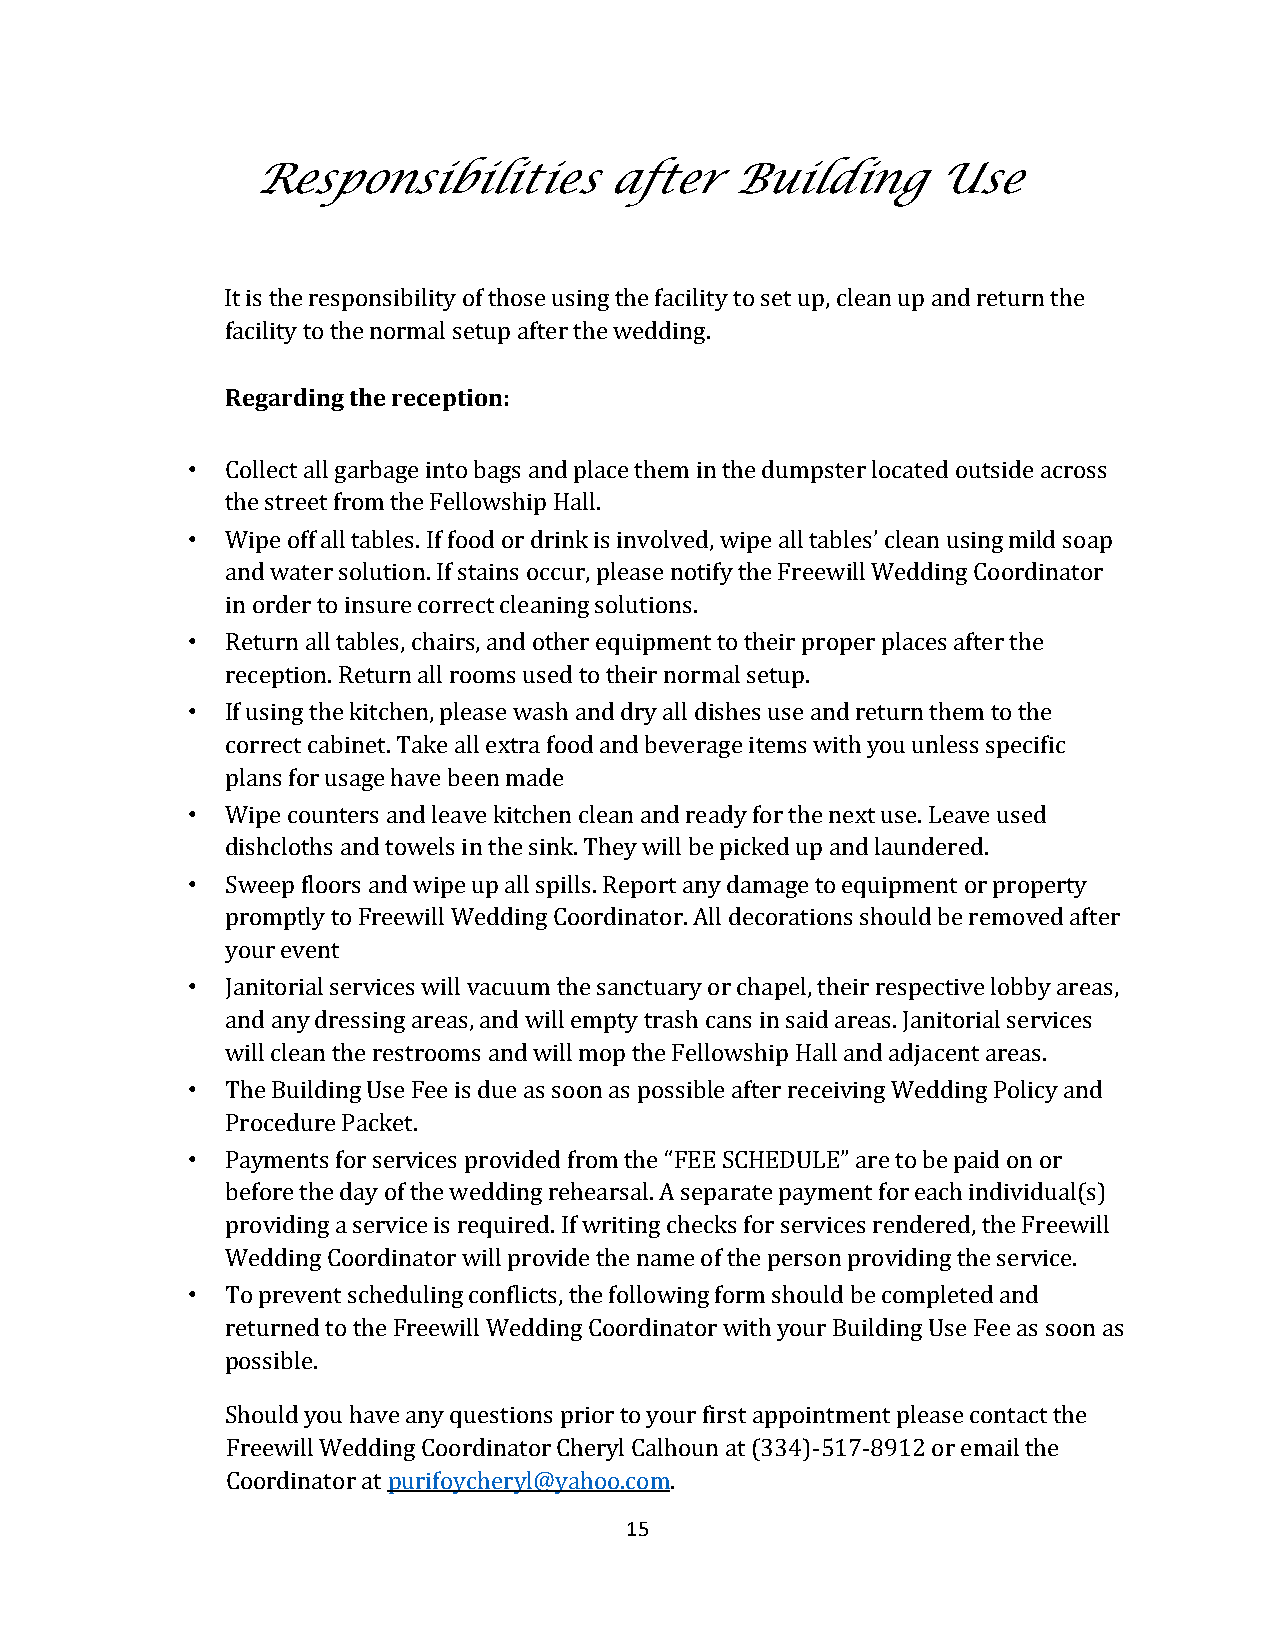
Responsibilities       after   Building      Use
 It is the responsibility of those using the facility to set up, clean up and return the
 facility to the normal setup after the wedding.
 Regarding the reception:
 •  Collect all garbage into bags and place them in the dumpster located outside across
 the street from the Fellowship Hall.
 •  Wipe off all tables. If food or drink is involved, wipe all tables’ clean using mild soap
 and water solution. If stains occur, please notify the Freewill Wedding Coordinator
 in order to insure correct cleaning solutions.
 •  Return all tables, chairs, and other equipment to their proper places after the
 reception. Return all rooms used to their normal setup.
 •  If using the kitchen, please wash and dry all dishes use and return them to the
 correct cabinet. Take all extra food and beverage items with you unless specific
 plans for usage have been made
 •  Wipe counters and leave kitchen clean and ready for the next use. Leave used
 dishcloths and towels in the sink. They will be picked up and laundered.
 •  Sweep floors and wipe up all spills. Report any damage to equipment or property
 promptly to Freewill Wedding Coordinator. All decorations should be removed after
 your event
 •  Janitorial services will vacuum the sanctuary or chapel, their respective lobby areas,
 and any dressing areas, and will empty trash cans in said areas. Janitorial services
 will clean the restrooms and will mop the Fellowship Hall and adjacent areas.
 •  The Building Use Fee is due as soon as possible after receiving Wedding Policy and
 Procedure Packet.
 •  Payments for services provided from the “FEE SCHEDULE” are to be paid on or
 before the day of the wedding rehearsal. A separate payment for each individual(s)
 providing a service is required. If writing checks for services rendered, the Freewill
 Wedding Coordinator will provide the name of the person providing the service.
 •  To prevent scheduling conflicts, the following form should be completed and
 returned to the Freewill Wedding Coordinator with your Building Use Fee as soon as
 possible.
 Should you have any questions prior to your first appointment please contact the
 Freewill Wedding Coordinator Cheryl Calhoun at (334)-517-8912 or email the
 Coordinator at purifoycheryl@yahoo.com.
 15